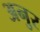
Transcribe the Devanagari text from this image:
अनुर